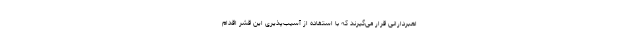
اهبردارانی قرار می‌گیرند که با استفاده از آسیب‌پذیری این قشر اقدام